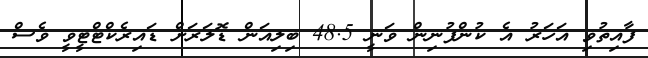
ފާއިތުވި އަހަރު އެ ކުންފުނިން ވަނީ 48.5 ބިލިއަން ޑޮލަރަށް ޑައިރެކްޓްޓީވީ ވެސް